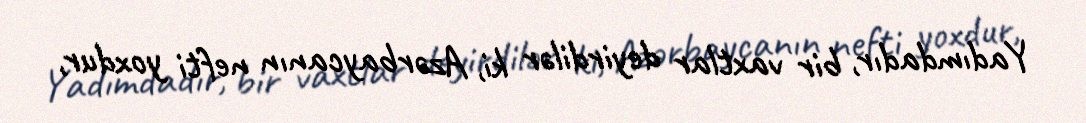
Yadımdadır, bir vaxtlar deyirdilər ki, Azərbaycanın nefti yoxdur,